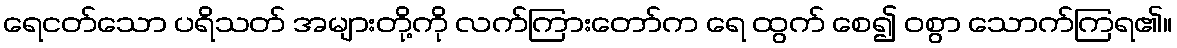
ရေငတ်သော ပရိသတ် အများတို့ကို လက်ကြားတော်က ရေ ထွက် စေ၍ ဝစွာ သောက်ကြရ၏။